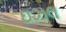
ઇઝલ